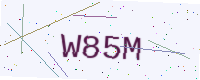
Text: W85M